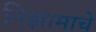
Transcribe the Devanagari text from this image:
निझामाचे